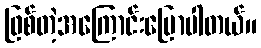
ဖြစ်တဲ့အကြောင်းပြောပါတယ်။